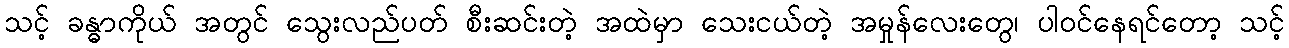
သင့် ခန္ဓာကိုယ် အတွင် သွေးလည်ပတ် စီးဆင်းတဲ့ အထဲမှာ သေးငယ်တဲ့ အမှုန်လေးတွေ၊ ပါဝင်နေရင်တော့ သင့်